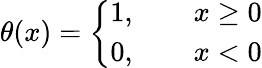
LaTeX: \theta(x)=\left\{ {\begin{array}{ll}{1,\qquad x\geq 0}\\ {0,\qquad x<0}\end{array}}\right.